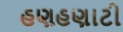
હણહણાટી